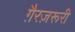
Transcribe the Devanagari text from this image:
ग़ैरज़रूरी